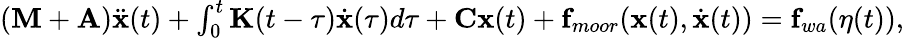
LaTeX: \begin{array}{r}{(\mathbf{M}+\mathbf{A})\ddot{\mathbf{x}}(t)+\int_{0}^{t}\mathbf{K}(t-\tau)\dot{\mathbf{x}}(\tau)d\tau+\mathbf{C}\mathbf{x}(t)+\mathbf{f}_{moor}(\mathbf{x}(t),\dot{\mathbf{x}}(t))=\mathbf{f}_{wa}(\eta(t)),}\end{array}